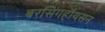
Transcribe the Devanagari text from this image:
बरसिंगहौयसन